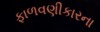
ફાળવણીકારના